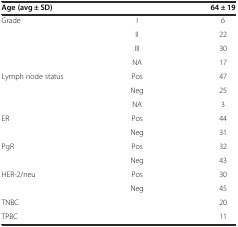
<table><thead><tr><td><b>Age (avg ± SD)</b></td><td></td><td><b>64 ± 19</b></td></tr></thead><tbody><tr><td>Grade</td><td>I</td><td>6</td></tr><tr><td></td><td>II</td><td>22</td></tr><tr><td></td><td>III</td><td>30</td></tr><tr><td></td><td>NA</td><td>17</td></tr><tr><td>Lymph node status</td><td>Pos</td><td>47</td></tr><tr><td></td><td>Neg</td><td>25</td></tr><tr><td></td><td>NA</td><td>3</td></tr><tr><td>ER</td><td>Pos</td><td>44</td></tr><tr><td></td><td>Neg</td><td>31</td></tr><tr><td>PgR</td><td>Pos</td><td>32</td></tr><tr><td></td><td>Neg</td><td>43</td></tr><tr><td>HER-2/neu</td><td>Pos</td><td>30</td></tr><tr><td></td><td>Neg</td><td>45</td></tr><tr><td>TNBC</td><td></td><td>20</td></tr><tr><td>TPBC</td><td></td><td>11</td></tr></tbody></table>